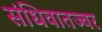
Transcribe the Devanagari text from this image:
संधिवातज्वर